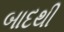
બાદથી